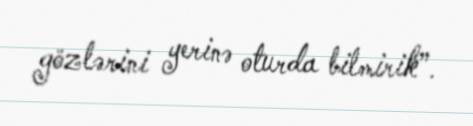
gözlərini yerinə oturda bilmirik”.